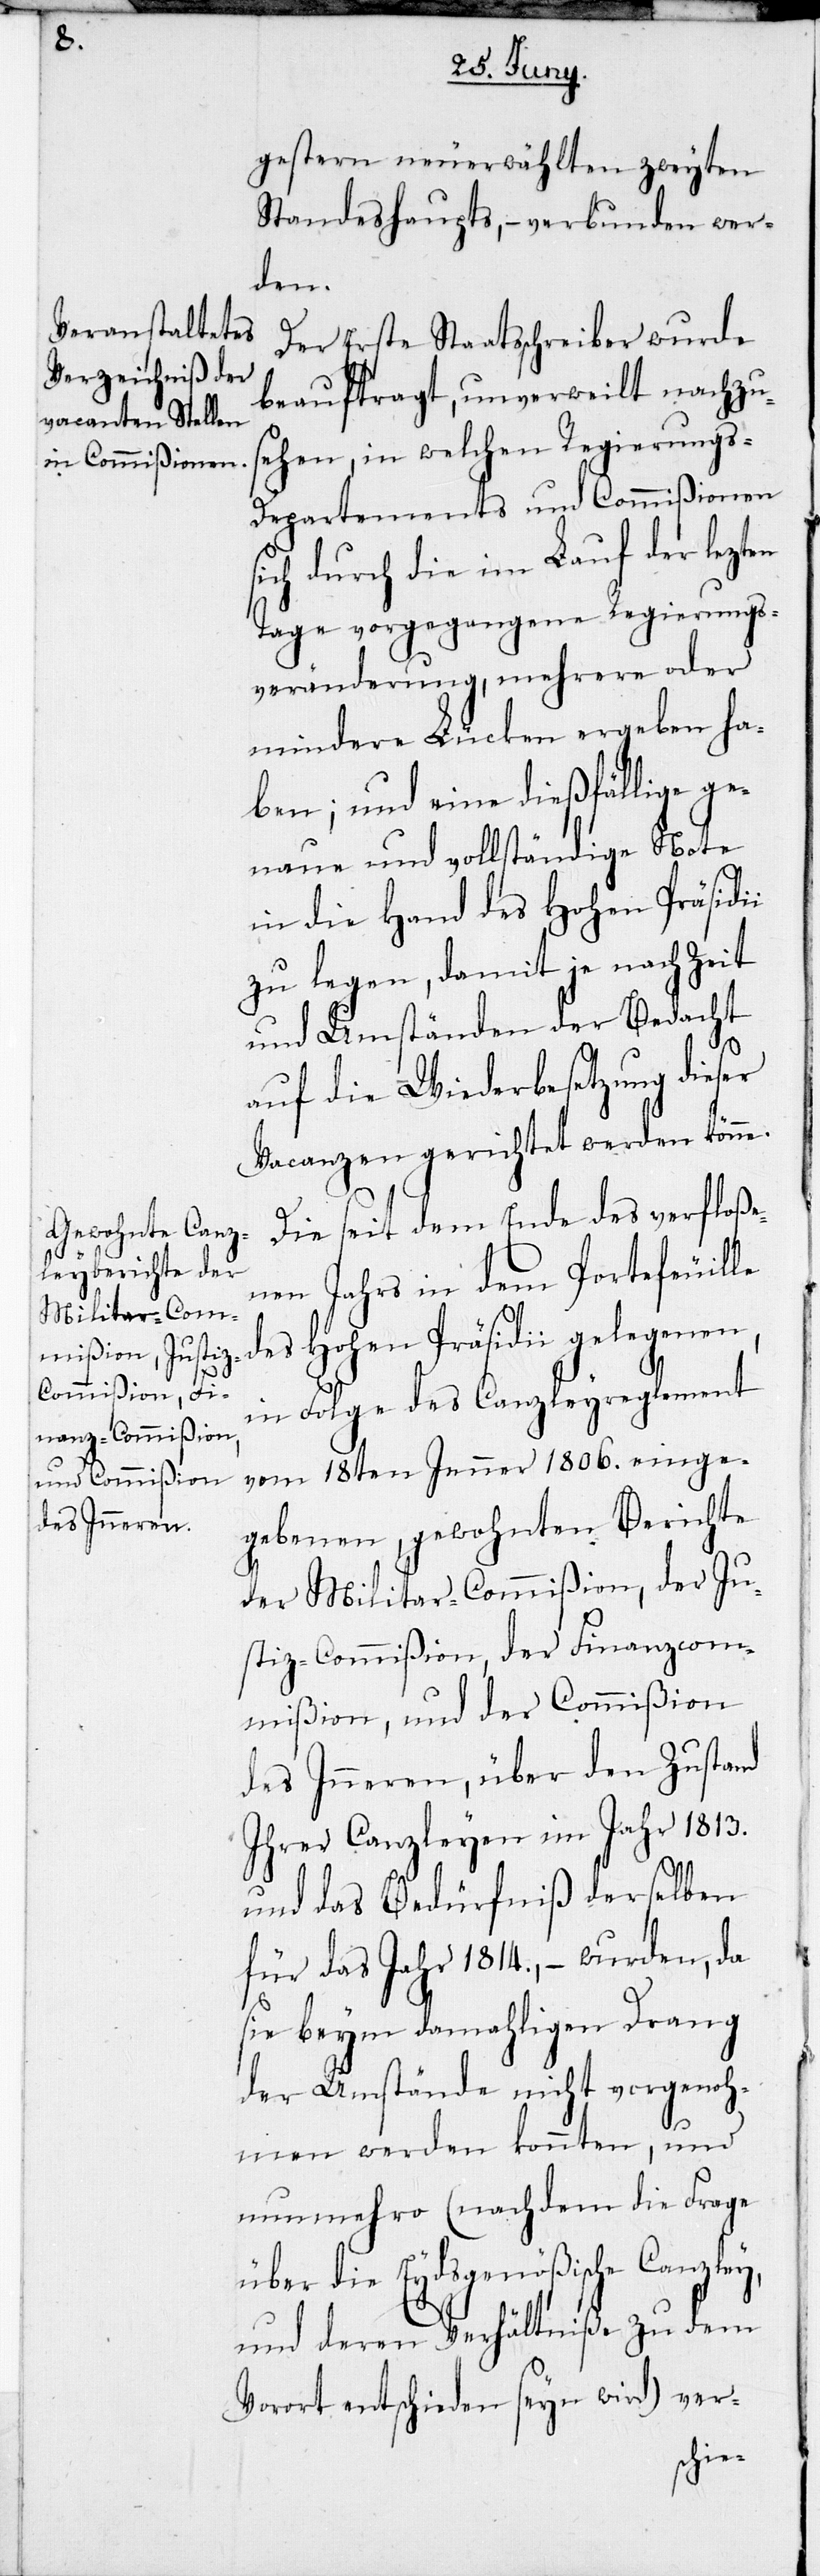
i

gestern neuerwählten zweyten
Standeshaupts, – verbunden wer¬
den.
Der Erste Staatsschreiber wurde
beauftragt, unverweilt nachzu¬
sehen, in welchen Regierungs-D¬
epartements und Commißionen
sich durch die im Lauf der lezten
Tage vorgegangene Regierungs¬
veränderung, mehrere oder
mindere Lücken ergeben ha¬
ben; und eine dießfällige ge¬
naue und vollständige Note
in die Hand des Hohen Präsidi¬
zu legen, damit ja nach Zeit
und Umständen der Bedacht
auf die Wiederbesetzung dieser
Vacanzen gerichtet werden könne.
Die seit dem Ende des verfloße¬
nen Jahrs in dem Protefeuille
des Hohen Präsidii gelegenen,
in Folge des Canzleyreglement
vom 18ten Jenner 1806. einge¬
gebenen, gewohnten Berichte
der Militar-Commißion, der Ju¬
stiz-Commißion, der Finanzcom¬
mißion, und der Commißion
des Inneren, über den Zustand
Ihrer Canzleyen im Jahr 1813.
und das Bedürfniß derselben
für das Jahr 1814., – wurden, da
sie beym damahligen Drang
der Umstände nicht vorgenoh¬
men werden konnten, und
nunmehro (nachdem die Frage
über die Eydsgenößische Canzley,
und deren Verhältniße zu dem
Vorort entschieden seyn wird) ver-